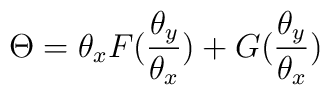
\Theta= \theta_xF({\theta_y\over\theta_x})+G({\theta_y\over\theta_x})